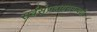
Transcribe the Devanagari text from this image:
सर्वसंप्रदायसमन्वयी